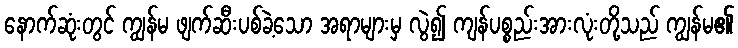
နောက်ဆုံးတွင် ကျွန်မ ဖျက်ဆီးပစ်ခဲ့သော အရာများမှ လွဲ၍ ကျန်ပစ္စည်းအားလုံးတို့သည် ကျွန်မ၏